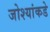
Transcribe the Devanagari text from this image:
जोश्यांकडे